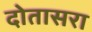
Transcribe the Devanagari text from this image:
दोतासरा